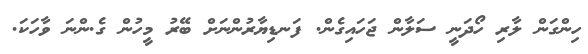
ހިންގަން ލާރި ހޯދަނީ ސަލާން ޖަހައިގެން. ފަނޑިޔާރުންނަށް ބޭރު މީހުން ގެ.ންނަ ވާހަކަ.